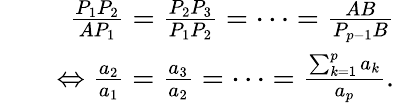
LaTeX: \begin{array}{rlr}&{}&{\frac{P_{1}P_{2}}{AP_{1}}=\frac{P_{2}P_{3}}{P_{1}P_{2}}=\cdots=\frac{AB}{P_{p-1}B}}\\ &{}&{\Leftrightarrow\frac{a_{2}}{a_{1}}=\frac{a_{3}}{a_{2}}=\cdots=\frac{\sum_{k=1}^{p}a_{k}}{a_{p}}.}\end{array}